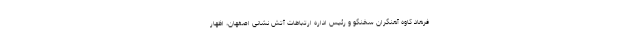
فرهاد کاوه آهنگران سخنگو و رئیس اداره ارتباطات آتش نشانی اصفهان، اظهار